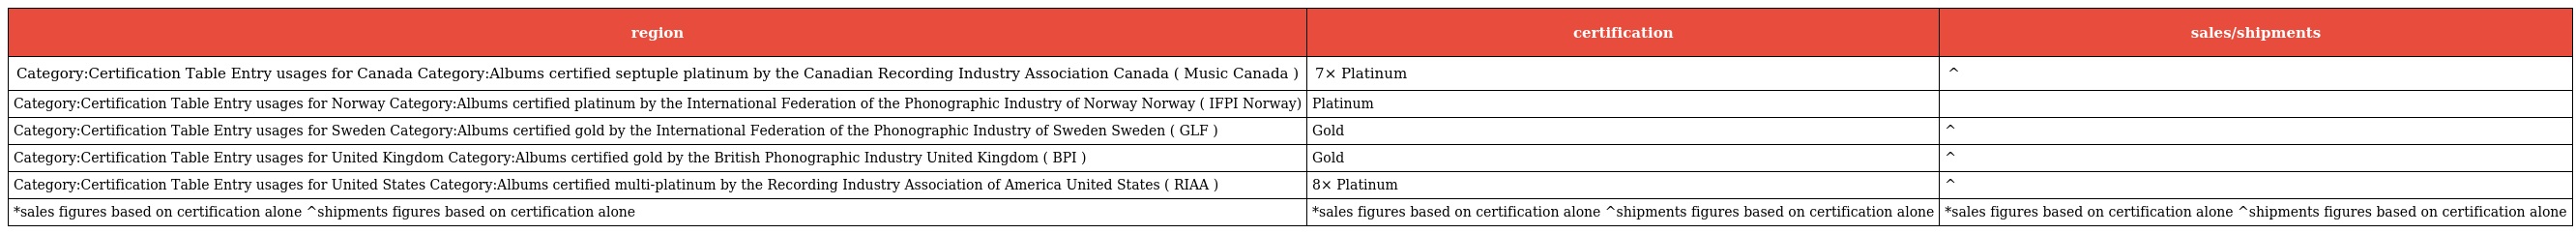
| region | certification | sales/shipments |
 | --- | --- | --- |
 | Category:Certification Table Entry usages for Canada Category:Albums certified septuple platinum by the Canadian Recording Industry Association Canada ( Music Canada ) | 7× Platinum | ^ |
 | Category:Certification Table Entry usages for Norway Category:Albums certified platinum by the International Federation of the Phonographic Industry of Norway Norway ( IFPI Norway) | Platinum |  |
 | Category:Certification Table Entry usages for Sweden Category:Albums certified gold by the International Federation of the Phonographic Industry of Sweden Sweden ( GLF ) | Gold | ^ |
 | Category:Certification Table Entry usages for United Kingdom Category:Albums certified gold by the British Phonographic Industry United Kingdom ( BPI ) | Gold | ^ |
 | Category:Certification Table Entry usages for United States Category:Albums certified multi-platinum by the Recording Industry Association of America United States ( RIAA ) | 8× Platinum | ^ |
 | *sales figures based on certification alone ^shipments figures based on certification alone | *sales figures based on certification alone ^shipments figures based on certification alone | *sales figures based on certification alone ^shipments figures based on certification alone |